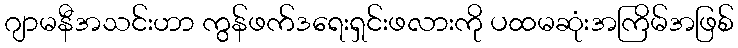
ဂျာမနီအသင်းဟာ ကွန်ဖက်ဒရေးရှင်းဖလားကို ပထမဆုံးအကြိမ်အဖြစ်